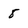
Character: 8